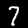
Label: 7